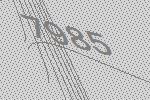
7985